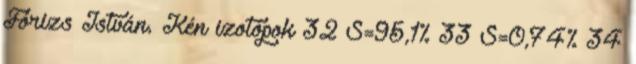
Fórizs István. Kén izotópok 32 S=95,1% 33 S=0,74% 34